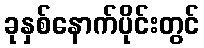
ခုနှစ်နောက်ပိုင်းတွင်